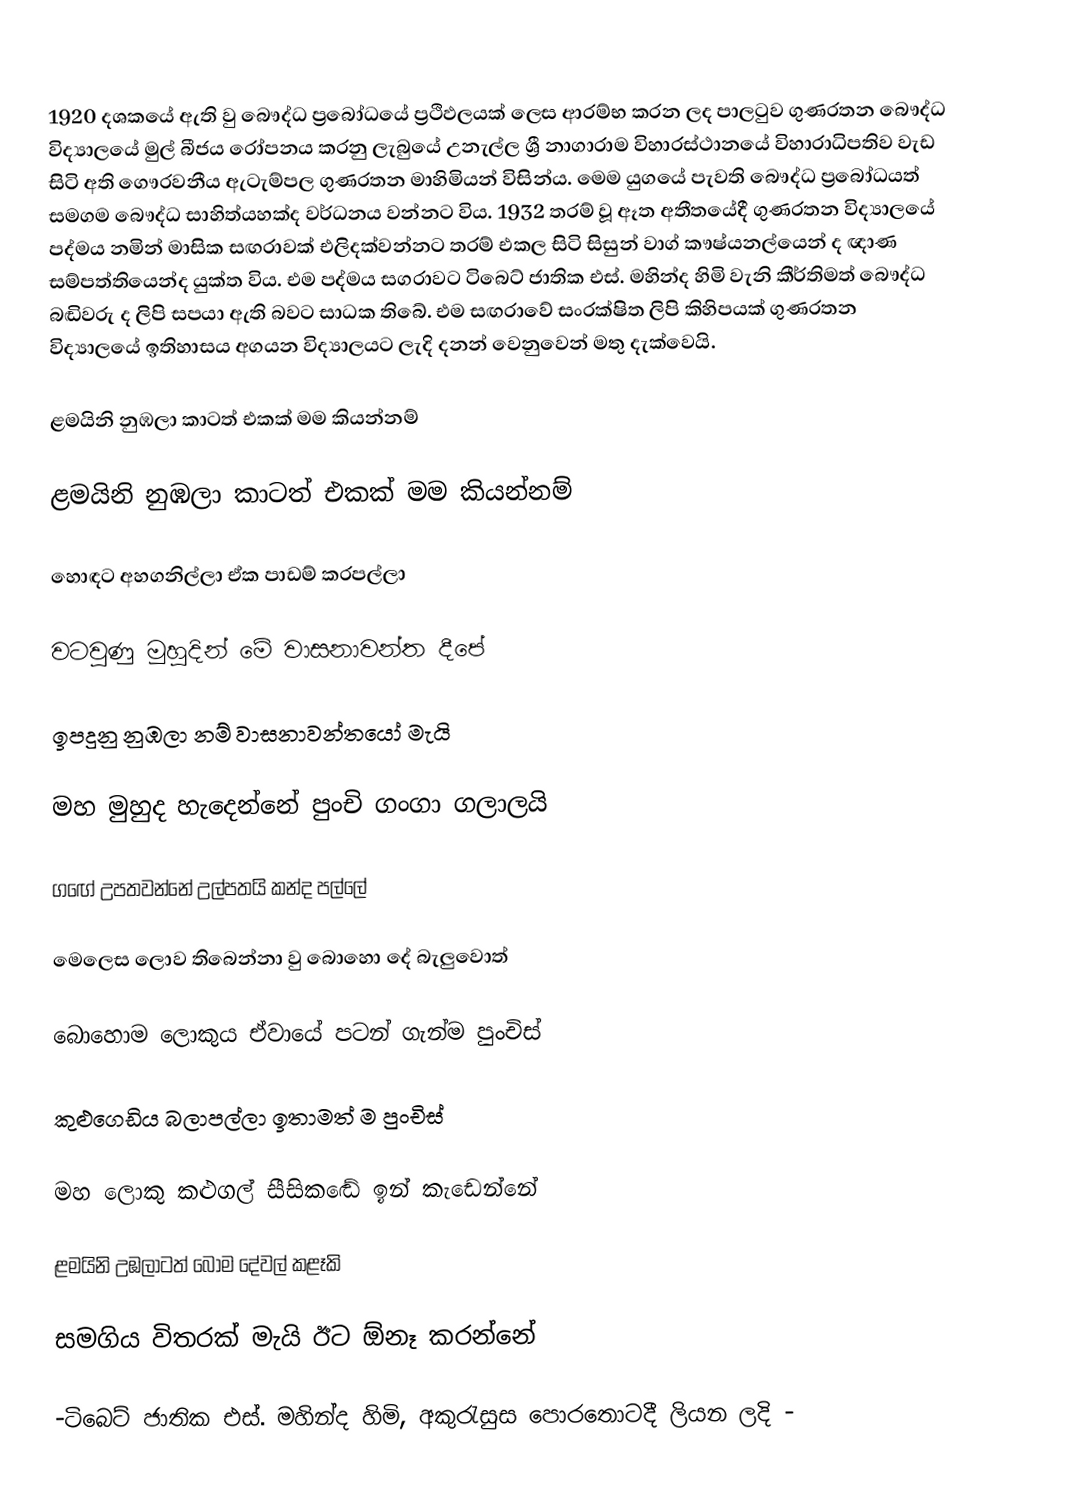
1920 දශකයේ ඇති වු බෞද්ධ ප්‍රබෝධයේ ප්‍රථිඵලයක් ලෙස ආරම්භ කරන ලද පාලටුව ගුණරතන බෞද්ධ විද්‍යාලයේ මුල් බීජය රෝපනය කරනු ලැබුයේ උනැල්ල ශ්‍රී නාගාරාම විහාරස්ථානයේ විහාරාධිපතිව වැඩ සිටි අති ගෞරවනීය ඇටැම්පල ගුණරතන මාහිමියන් විසින්ය. මෙම යුගයේ පැවති බෞද්ධ ප්‍රබෝධයත් සමගම බෞද්ධ සාහිත්යහක්ද වර්ධනය වන්නට විය. 1932 තරම් වූ ඈත අතීතයේදී ගුණරතන විද්‍යාලයේ පද්මය නමින් මාසික සඟරාවක් එලිදක්වන්නට තරම් එකල සිටි සිසුන් වාග් කෟෂ්යනල්යෙන් ද ඥාණ සම්පත්තියෙන්ද යුක්ත විය. එම පද්මය සගරාවට ටිබෙට් ජාතික එස්. මහින්ද හිමි වැනි කීර්තිමත් බෞද්ධ බඬිවරු ද ලිපි සපයා ඇති බවට සාධක තිබේ. එම සඟරාවේ සංරක්ෂිත ලිපි කිහිපයක් ගුණරතන විද්‍යාලයේ ඉතිහාසය අගයන විද්‍යාලයට ලැදි දනන් වෙනුවෙන් මතු දැක්වෙයි.

ළමයිනි නුඹලා කාටත් එකක් මම කියන්නම්

ළමයිනි නුඹලා කාටත් එකක් මම කියන්නම්

හොඳට අහගනිල්ලා ඒක පාඩම් කරපල්ලා

වටවුණු මුහුදින් මේ වාසනාවන්ත දීපේ

ඉපදුනු නුඹලා නම් වාසනාවන්තයෝ මැයි

මහ මුහුද හැදෙන්නේ පුංචි ගංගා ගලාලයි

ගඟේ උපතවන්නේ උල්පතයි කන්ද පල්ලේ

මෙලෙස ලොව තිබෙන්නා වු බොහො දේ බැලුවොත්

බොහොම ලොකුය ඒවායේ පටන් ගැන්ම පුංචිස්

කුළුගෙඩිය බලාපල්ලා ඉතාමත් ම පුංචිස්

මහ ලොකු කළුගල් සීසිකඬේ ඉන් කැඩෙන්නේ

ළමයිනි උඹලාටත් බෝම දේවල් කළෑකි

සමගිය විතරක් මැයි ඊට ඕනෑ කරන්නේ

-ටිබෙට් ජාතික එස්. මහින්ද හිමි, අකුරැසුස පොරතොටදී ලියන ලදි -